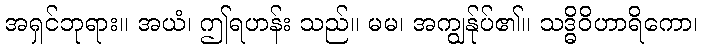
အရှင်ဘုရား။ အယံ၊ ဤရဟန်း သည်။ မမ၊ အကျွန်ုပ်၏။ သဒ္ဓိဝိဟာရိကော၊